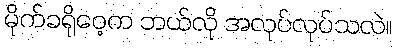
မိုက်ခရိုဝေ့က ဘယ်လို အလုပ်လုပ်သလဲ။